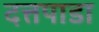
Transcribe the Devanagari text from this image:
दत्तपाडा